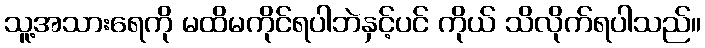
သူ့အသားရေကို မထိမကိုင်ရပါဘဲနှင့်ပင် ကိုယ် သိလိုက်ရပါသည်။